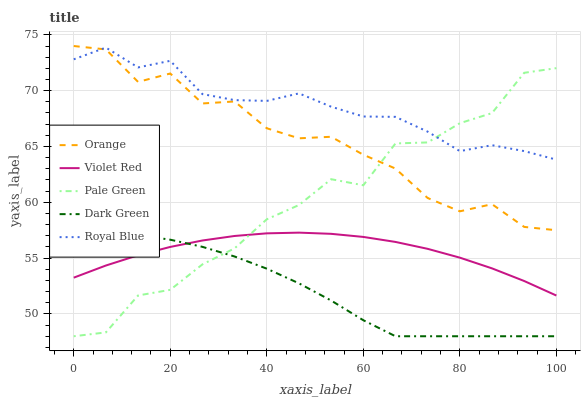
| xaxis_label | Orange | Violet Red | Pale Green | Dark Green | Royal Blue |
 | --- | --- | --- | --- | --- | --- |
 | 0 | 74 | 53.2 | 48 | 57.2 | 72.8 |
 | 6.67 | 73.7 | 54.3 | 48.3 | 57.3 | 73.9 |
 | 13.3 | 70.8 | 55.3 | 51.7 | 57.1 | 72.1 |
 | 20 | 71.5 | 56 | 52.2 | 56.6 | 72.7 |
 | 26.7 | 68.9 | 56.6 | 54.4 | 56 | 69.7 |
 | 33.3 | 69 | 57 | 55.9 | 55.1 | 69.2 |
 | 40 | 66.6 | 57.2 | 58.5 | 54.1 | 69.1 |
 | 46.7 | 65.7 | 57.3 | 59.8 | 52.7 | 69.8 |
 | 53.3 | 65.9 | 57.2 | 62.1 | 51.2 | 68.6 |
 | 60 | 64.3 | 56.9 | 61.5 | 49.4 | 67.7 |
 | 66.7 | 63 | 56.4 | 65.3 | 48 | 67.7 |
 | 73.3 | 60.4 | 55.8 | 65.4 | 48 | 66.3 |
 | 80 | 59.2 | 55 | 67.1 | 48 | 64.6 |
 | 86.7 | 59.8 | 54.1 | 68 | 48 | 65.1 |
 | 93.3 | 57.8 | 52.9 | 71.6 | 48 | 64.6 |
 | 100 | 57.5 | 51.6 | 72 | 48 | 63.8 |